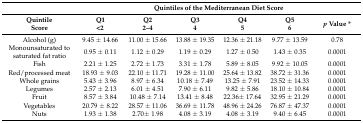
<table><thead><tr><td>[EMPTY_CELL]</td><td colspan="6"><b>Quintiles of the Mediterranean Diet Score</b></td></tr><tr><td><b>QuintileScore</b></td><td><b>Q1&lt;2</b></td><td><b>Q22–4</b></td><td><b>Q34</b></td><td><b>Q45</b></td><td><b>Q56</b></td><td><b><i>p</i> Value *</b></td></tr></thead><tbody><tr><td>Alcohol (g)</td><td>9.45 ± 14.66</td><td>11.00 ± 15.66</td><td>13.88 ± 19.35</td><td>12.36 ± 21.18</td><td>9.77 ± 13.59</td><td>0.78</td></tr><tr><td>Monounsaturated to saturated fat ratio</td><td>0.95 ± 0.11</td><td>1.12 ± 0.29</td><td>1.19 ± 0.29</td><td>1.27 ± 0.50</td><td>1.43 ± 0.35</td><td>0.0001</td></tr><tr><td>Fish</td><td>2.21 ± 1.25</td><td>2.72 ± 1.73</td><td>3.31 ± 1.78</td><td>5.89 ± 8.05</td><td>9.92 ± 10.05</td><td>0.0001</td></tr><tr><td>Red/processed meat</td><td>18.93 ± 9.03</td><td>22.10 ± 11.71</td><td>19.28 ± 11.00</td><td>25.64 ± 13.82</td><td>38.72 ± 31.36</td><td>0.0001</td></tr><tr><td>Whole grains</td><td>5.43 ± 3.96</td><td>8.97 ± 6.34</td><td>10.18 ± 7.49</td><td>13.25 ± 7.91</td><td>23.52 ± 14.33</td><td>0.0001</td></tr><tr><td>Legumes</td><td>2.57 ± 2.13</td><td>6.01 ± 4.51</td><td>7.90 ± 6.11</td><td>9.82 ± 5.86</td><td>18.10 ± 10.84</td><td>0.0001</td></tr><tr><td>Fruit</td><td>8.57 ± 3.84</td><td>10.48 ± 7.14</td><td>13.41 ± 8.48</td><td>22.36± 17.64</td><td>32.95 ± 21.29</td><td>0.0001</td></tr><tr><td>Vegetables</td><td>20.79 ± 8.22</td><td>28.57 ± 11.06</td><td>36.69 ± 11.78</td><td>48.96 ± 24.26</td><td>76.87 ± 47.37</td><td>0.0001</td></tr><tr><td>Nuts</td><td>1.93 ± 1.38</td><td>2.70± 1.98</td><td>4.08 ± 3.19</td><td>4.08 ± 3.19</td><td>9.40 ± 6.45</td><td>0.0001</td></tr></tbody></table>